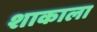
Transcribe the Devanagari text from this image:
शाकाला